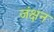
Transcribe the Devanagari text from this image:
जंक्षन